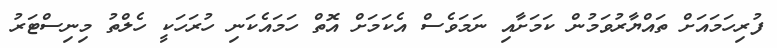
ފުރިހަމައަށް ތައްޔާރުވަމުން ކަމަށާއި ނަމަވެސް އެކަމަށް އޮތް ހަމައެކަނި ހުރަހަކީ ހެލްތު މިނިސްޓަރު